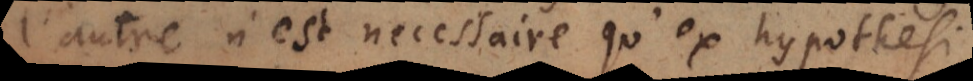
l’autre n’est necessaire qu’ex hypothesi